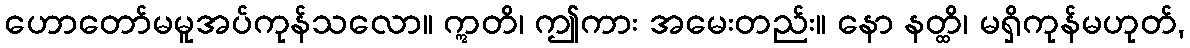
ဟောတော်မမူအပ်ကုန်သလော။ ဣတိ၊ ဤကား အမေးတည်း။ နော နတ္ထိ၊ မရှိကုန်မဟုတ်,